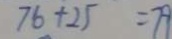
7 6 + 2 5 = 7 9